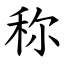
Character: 称